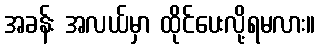
အခန်း အလယ်မှာ ထိုင်ပေးလို့ရမလား။